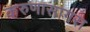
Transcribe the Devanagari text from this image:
करुणासागरा